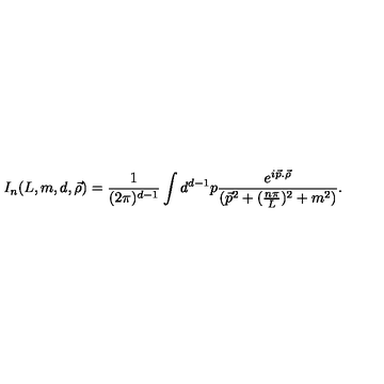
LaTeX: I _ { n } ( L , m , d , \vec { \rho } ) = \frac { 1 } { ( 2 \pi ) ^ { d - 1 } } \int { } d ^ { d - 1 } p \frac { e ^ { i \vec { p } . \vec { \rho } } } { ( \vec { p } ^ { 2 } + ( \frac { n \pi } { L } ) ^ { 2 } + m ^ { 2 } ) } .